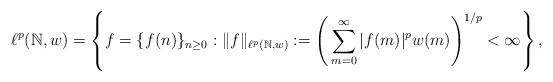
LaTeX: \begin{align*}\ell^p(\mathbb{N},w)=\left\{f=\{f(n)\}_{n\ge 0}: \|f\|_{\ell^{p}(\mathbb{N},w)}:=\Bigg(\sum_{m=0}^{\infty}|f(m)|^p w(m)\Bigg)^{1/p}<\infty\right\},\end{align*}